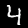
Digit: 4